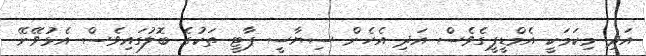
އަދި މިކަމަކީ އެމްޑީޕީގެވެސް އަދި އެހެން ސިޔާސީ ޕާޓީ ތަކުގެ ބޮލުގައިވެސް އެޅުވޭނޭ